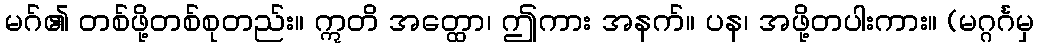
မဂ်၏ တစ်ဖို့တစ်စုတည်း။ ဣတိ အတ္ထော၊ ဤကား အနက်။ ပန၊ အဖို့တပါးကား။ (မဂ္ဂင်္ဂမှ